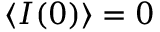
\langle I ( 0 ) \rangle = 0